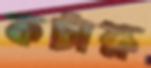
কটাক্ষ